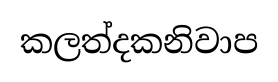
කලත්දකනිවාප